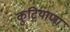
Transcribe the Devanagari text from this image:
कुटियाणा